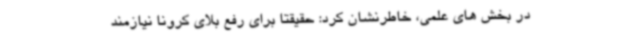
در بخش های علمی، خاطرنشان کرد: حقیقتا برای رفع بلای کرونا نیازمند